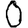
Digit: 0